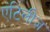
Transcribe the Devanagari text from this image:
एंटिलीज़